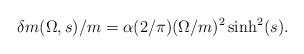
\begin{align*}{\delta m(\Omega ,s)/ m}= \alpha (2 / \pi)(\Omega / m)^2\sinh^2(s).\end{align*}